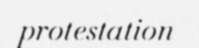
protestation